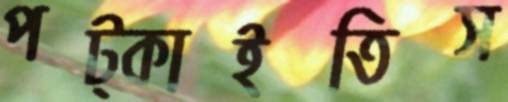
পট্‌কাইতিস